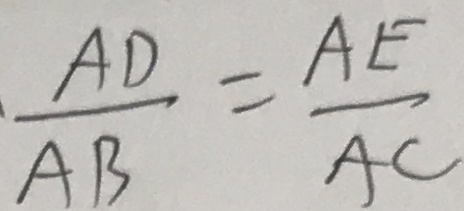
\frac { A D } { A B } = \frac { A E } { A C }